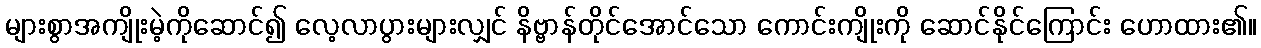
များစွာအကျိုးမဲ့ကိုဆောင်၍ လေ့လာပွားများလျှင် နိဗ္ဗာန်တိုင်အောင်သော ကောင်းကျိုးကို ဆောင်နိုင်ကြောင်း ဟောထား၏။